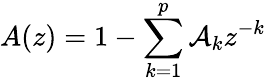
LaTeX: A(z)=1-\sum_{k=1}^{p}\mathcal{A}_{k}z^{-k}